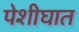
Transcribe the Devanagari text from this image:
पेशीघात